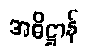
အဓိဋ္ဌာန်